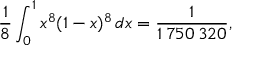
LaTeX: { \frac { 1 } { 8 } } \int _ { 0 } ^ { 1 } x ^ { 8 } ( 1 - x ) ^ { 8 } \, d x = { \frac { 1 } { 1 \, 7 5 0 \, 3 2 0 } } ,